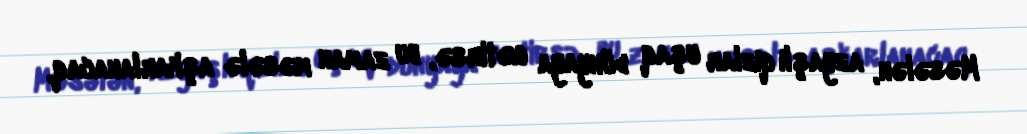
Məsələn, azyaşlı qızlar uşaq dünyaya gətirsə, bu zaman məsələ aşkarlanacaq,